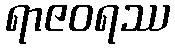
ရာဇဝရဿ